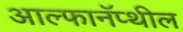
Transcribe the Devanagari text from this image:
आल्फानॅप्थील